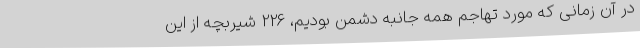
در آن زمانی که مورد تهاجم همه جانبه دشمن بودیم، 226 شیربچه از این